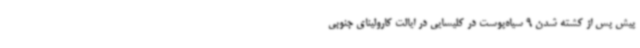
پیش پس از کشته شدن 9 سیاه‌پوست در کلیسایی در ایالت کارولینای جنوبی